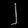
Digit: ၂